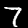
Digit: 7